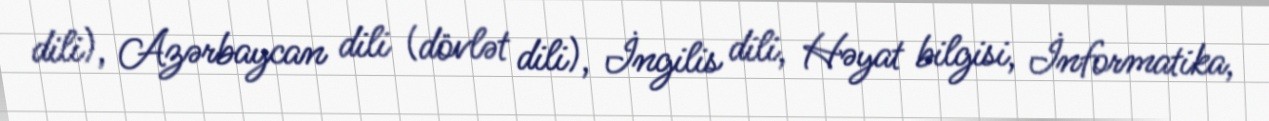
dili), Azərbaycan dili (dövlət dili), İngilis dili, Həyat bilgisi, İnformatika,